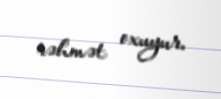
rəhmət oxuyur.